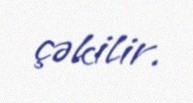
çəkilir.